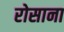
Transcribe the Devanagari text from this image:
रोसाना